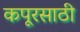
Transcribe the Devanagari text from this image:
कपूरसाठी